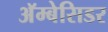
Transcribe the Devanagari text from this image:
अॅम्बेसिडर